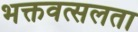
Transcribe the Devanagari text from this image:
भक्तवत्सलता